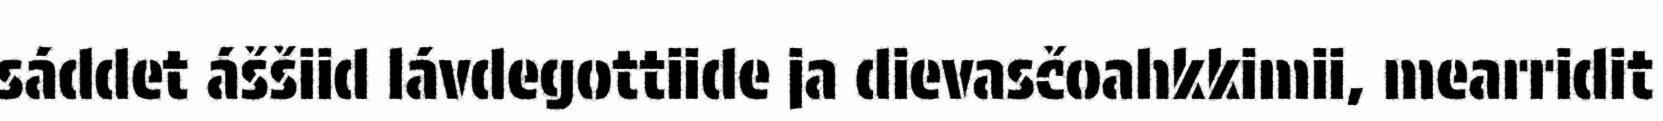
sáddet áššiid lávdegottiide ja dievasčoahkkimii, mearridit